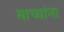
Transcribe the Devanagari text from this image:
माच्यांना